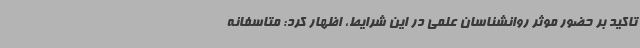
تاکید بر حضور موثر روانشناسان علمی در این شرایط، اظهار کرد:‌ متاسفانه